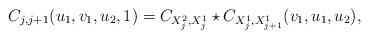
LaTeX: \begin{align*}C_{j,j+1}(u_1,v_1,u_2,1) = C_{X^2_j,X^1_j} \star C_{X^1_j,X^1_{j+1}}(v_1,u_1,u_2),\end{align*}